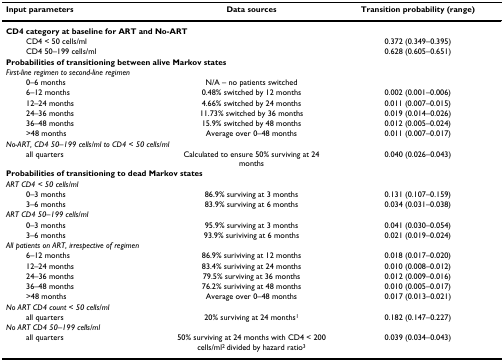
<table><thead><tr><td><b>Input parameters</b></td><td><b>Data sources</b></td><td><b>Transition probability (range)</b></td></tr></thead><tbody><tr><td colspan="3"><b>CD4 category at baseline for ART and No-ART</b></td></tr><tr><td>CD4 &lt; 50 cells/ml</td><td></td><td>0.372 (0.349–0.395)</td></tr><tr><td>CD4 50–199 cells/ml</td><td></td><td>0.628 (0.605–0.651)</td></tr><tr><td colspan="3"><b>Probabilities of transitioning between alive Markov states</b></td></tr><tr><td colspan="3"><i>First-line regimen to second-line regimen</i></td></tr><tr><td>0–6 months</td><td>N/A – no patients switched</td><td></td></tr><tr><td>6–12 months</td><td>0.48% switched by 12 months</td><td>0.002 (0.001–0.006)</td></tr><tr><td>12–24 months</td><td>4.66% switched by 24 months</td><td>0.011 (0.007–0.015)</td></tr><tr><td>24–36 months</td><td>11.73% switched by 36 months</td><td>0.019 (0.014–0.026)</td></tr><tr><td>36–48 months</td><td>15.9% switched by 48 months</td><td>0.012 (0.005–0.024)</td></tr><tr><td>&gt;48 months</td><td>Average over 0–48 months</td><td>0.011 (0.007–0.017)</td></tr><tr><td colspan="3"><i>No-ART, CD4 50–199 cells/ml to CD4 &lt; 50 cells/ml</i></td></tr><tr><td>all quarters</td><td>Calculated to ensure 50% surviving at 24 months</td><td>0.040 (0.026–0.043)</td></tr><tr><td colspan="3"><b>Probabilities of transitioning to dead Markov states</b></td></tr><tr><td colspan="3"><i>ART CD4 &lt; 50 cells/ml</i></td></tr><tr><td>0–3 months</td><td>86.9% surviving at 3 months</td><td>0.131 (0.107–0.159)</td></tr><tr><td>3–6 months</td><td>83.9% surviving at 6 months</td><td>0.034 (0.031–0.038)</td></tr><tr><td colspan="3"><i>ART CD4 50–199 cells/ml</i></td></tr><tr><td>0–3 months</td><td>95.9% surviving at 3 months</td><td>0.041 (0.030–0.054)</td></tr><tr><td>3–6 months</td><td>93.9% suriviving at 6 months</td><td>0.021 (0.019–0.024)</td></tr><tr><td colspan="3"><i>All patients on ART, irrespective of regimen</i></td></tr><tr><td>6–12 months</td><td>86.9% suriviving at 12 months</td><td>0.018 (0.017–0.020)</td></tr><tr><td>12–24 months</td><td>83.4% suriviving at 24 months</td><td>0.010 (0.008–0.012)</td></tr><tr><td>24–36 months</td><td>79.5% surviving at 36 months</td><td>0.012 (0.009–0.016)</td></tr><tr><td>36–48 months</td><td>76.2% suriviving at 48 months</td><td>0.010 (0.005–0.017)</td></tr><tr><td>&gt;48 months</td><td>Average over 0–48 months</td><td>0.017 (0.013–0.021)</td></tr><tr><td colspan="3"><i>No ART CD4 count &lt; 50 cells/ml</i></td></tr><tr><td>all quarters</td><td>20% surviving at 24 months<sup>1</sup></td><td>0.182 (0.147–0.227)</td></tr><tr><td colspan="3"><i>No ART CD4 50–199 cells/ml</i></td></tr><tr><td>all quarters</td><td>50% surviving at 24 months with CD4 &lt; 200 cells/ml<sup>2 </sup>divided by hazard ratio<sup>3</sup></td><td>0.039 (0.034–0.043)</td></tr></tbody></table>